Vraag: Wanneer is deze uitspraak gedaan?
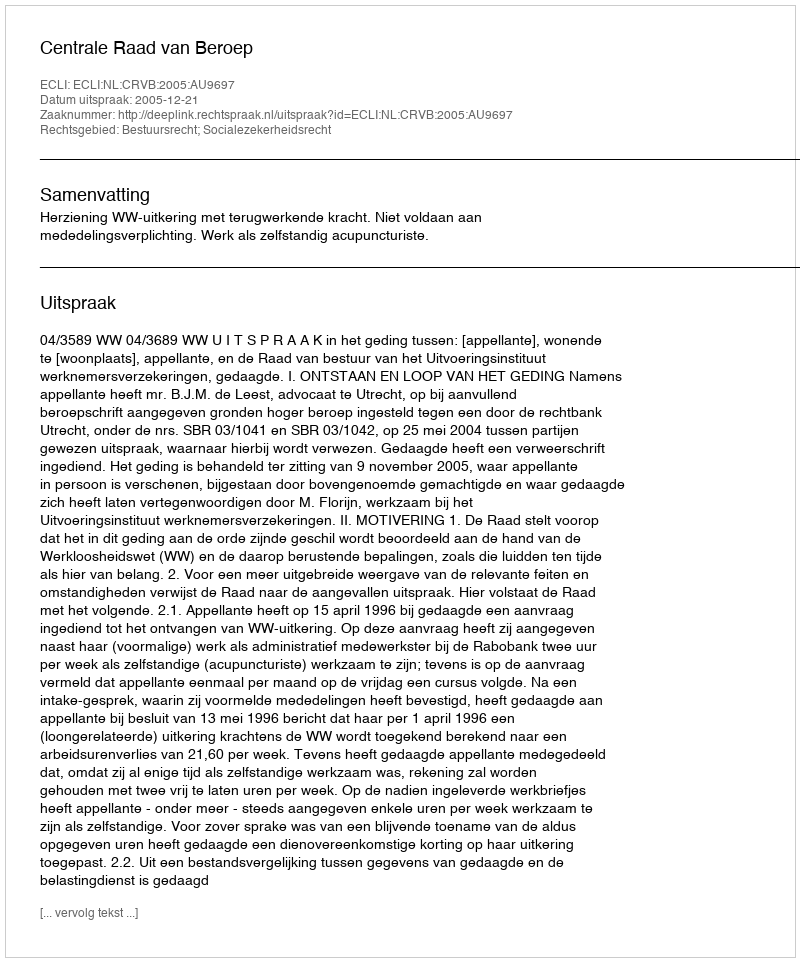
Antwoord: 2005-12-21